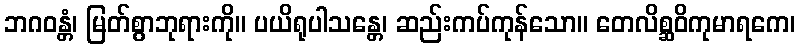
ဘဂဝန္တံ၊ မြတ်စွာဘုရားကို။ ပယိရုပါသန္တေ၊ ဆည်းကပ်ကုန်သော။ တေလိစ္ဆဝိကုမာရကေ၊